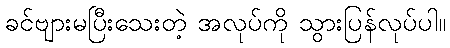
ခင်ဗျားမပြီးသေးတဲ့ အလုပ်ကို သွားပြန်လုပ်ပါ။